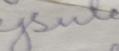
Signature authenticity: forged